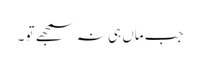
جب ماں ہی نہ سمجھے تو ۔